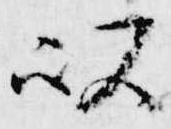
以